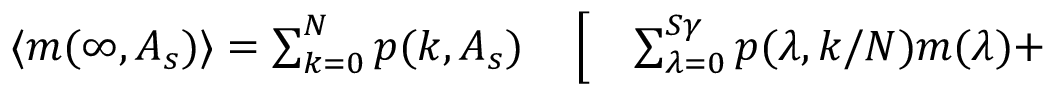
\begin{array} { r l } { \langle m ( \infty , A _ { s } ) \rangle = \sum _ { k = 0 } ^ { N } p ( k , A _ { s } ) } & { { } \left[ \quad \sum _ { \lambda = 0 } ^ { S \gamma } p ( \lambda , k / N ) m ( \lambda ) + \right. } \end{array}